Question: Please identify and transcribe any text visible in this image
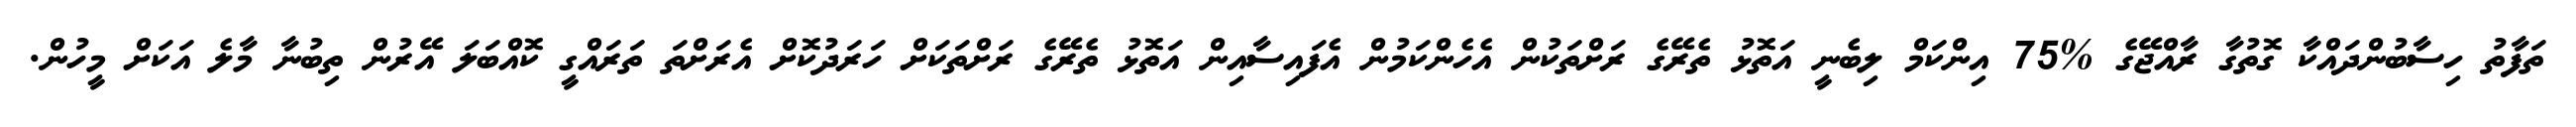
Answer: ތަފާތު ހިސާބުންދައްކާ ގޮތުގާ ރާއްޖޭގެ %75 އިންކަމް ލިބެނީ އަތޮޅު ތެރޭގެ ރަށްތަކުން އެހެންކަމުން އެފައިސާއިން އަތޮޅު ތެރޭގެ ރަށްތަކަށް ހަރަދުކޮށް އެރަށްތަ ތަރައްގީ ކޮއްބަލަ އޭރުން ތިބުނާ މާލެ އަކަށް މީހުން.